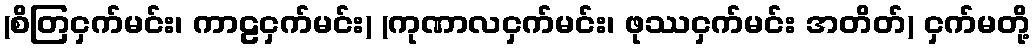
(စိတြငှက်မင်း၊ ကာဠငှက်မင်း) (ကုဏာလငှက်မင်း၊ ဖုဿငှက်မင်း အတိတ်) ငှက်မတို့